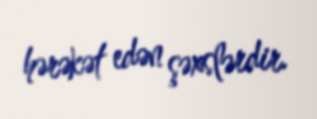
hərəkət edən şəxslərdir.